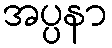
အပ္ပနာ